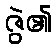
ဇွဲ၏